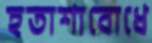
হতাশাবোধে